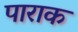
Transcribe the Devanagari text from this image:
पाराक